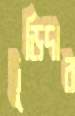
চুড়িদার